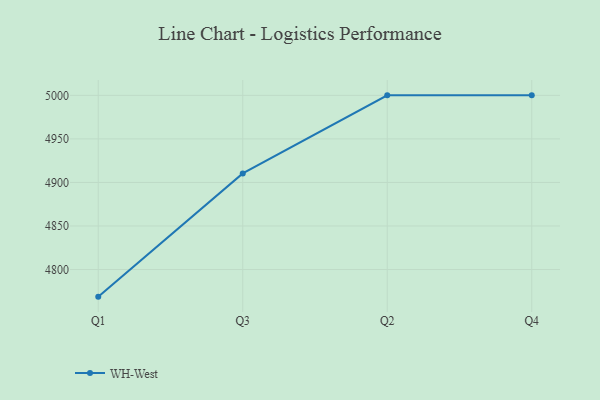
{"axis": {"x": "Quarter", "y": "Tickets Resolved"}, "legend": ["WH-West"], "data": [{"x": "Q1", "y": 4768.9, "type": "WH-West"}, {"x": "Q3", "y": 4910.4, "type": "WH-West"}, {"x": "Q2", "y": 5000, "type": "WH-West"}, {"x": "Q4", "y": 5000, "type": "WH-West"}]}